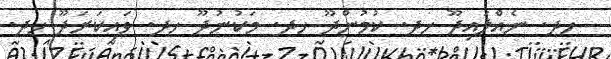
_ ހދ. ނެއްލައިދޫ ހދ. ކުމުންދޫ ހދ. މަކުނުދޫ ހދ. ވައިކަރަދޫ ހދ.